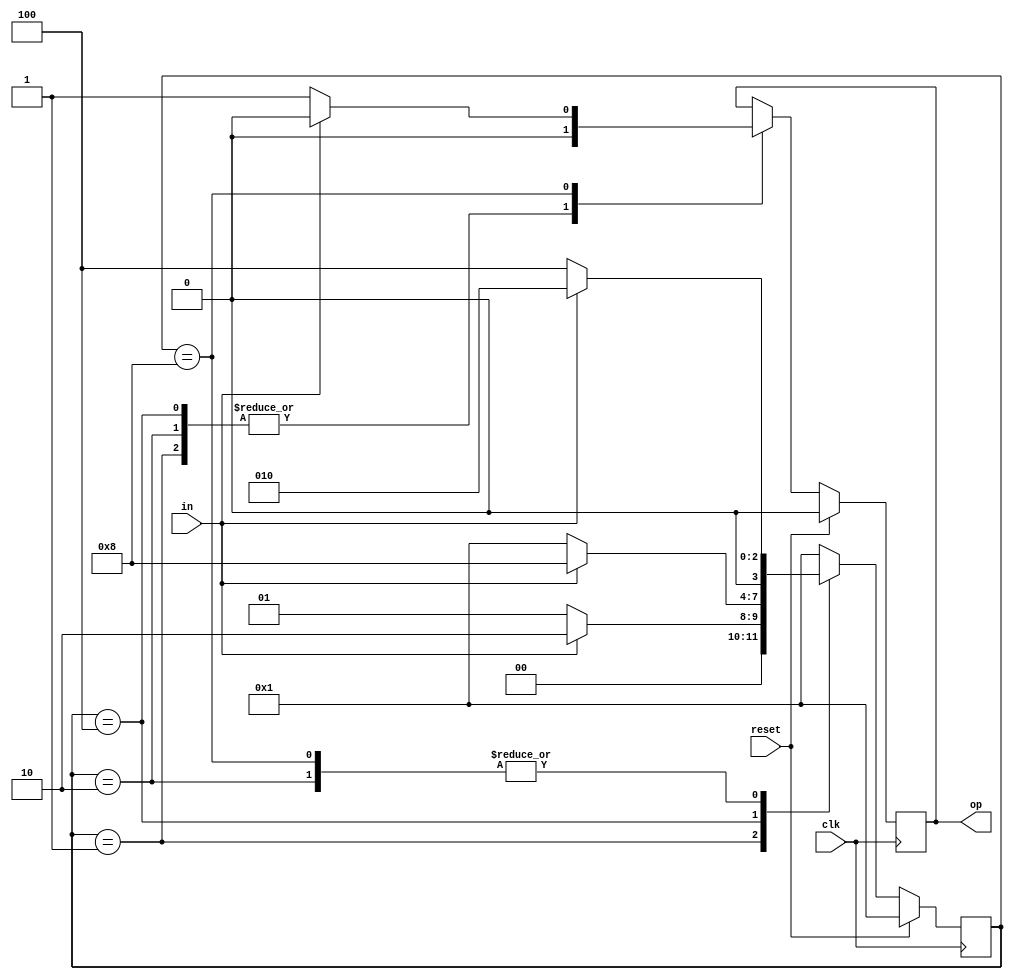
module sequence_detector(clk, reset, in, op);

    input  wire clk;
    input  wire reset;
    input  wire in;
    output reg  op; 

    parameter SIZE = 4;
    parameter S0 = 4'b0001, S1=4'b0010, S2=4'b0100, S3=4'b1000;

    reg [SIZE-1:0] state;

    always @(posedge clk) begin

        if(reset == 1'b1) begin
            state <= S0;
            op    <= 0;
        end 

        else begin
            case(state)
                S0: if(in == 1'b1) begin
                        state <= S1;
                        op    <= 0;
                    end
                    else begin
                        state <= S0;
                        op    <= 0;
                    end

                S1: if(in == 1'b1) begin
                        state <= S1;
                        op    <= 0;
                    end
                    else begin
                        state <= S2;
                        op    <= 0;
                    end

                S2: if(in == 1'b1) begin
                        state <= S3;
                        op    <= 0;
                    end
                    else begin
                        state <= S0;
                        op    <= 0;
                    end

                S3: if(in == 1'b1) begin
                        state <= S1;
                        op    <= 0;
                    end
                    else begin
                        state <= S2;
                        op    <= 1;
                    end

                default: state <= S0;
            endcase
        end
    end

endmodule